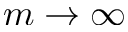
m \rightarrow \infty